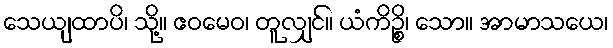
သေယျထာပိ၊ သို့။ ဧဝမေဝ၊ တူလျှင်။ ယံကိဉ္စိ၊ သော။ အာမာသယေ၊